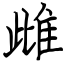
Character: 雌